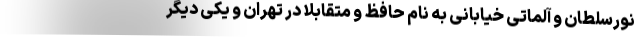
نورسلطان و آلماتی خیابانی به نام حافظ و متقابلا در تهران و یکی دیگر